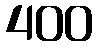
400